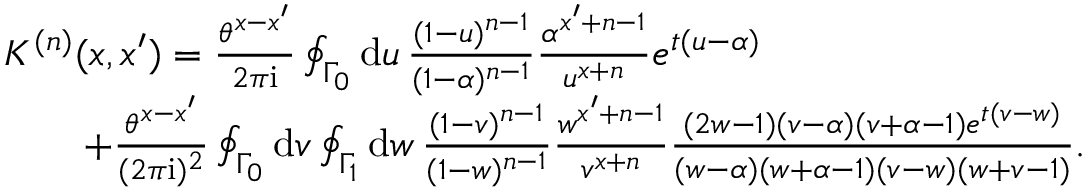
\begin{array} { r l } & { K ^ { ( n ) } ( x , x ^ { \prime } ) = \textstyle \frac { \theta ^ { x - x ^ { \prime } } } { 2 \pi \mathrm { i } } \oint _ { \Gamma _ { 0 } } \mathrm { d } u \, \frac { ( 1 - u ) ^ { n - 1 } } { ( 1 - \alpha ) ^ { n - 1 } } \frac { \alpha ^ { x ^ { \prime } + n - 1 } } { u ^ { x + n } } e ^ { t ( u - \alpha ) } } \\ & { \textstyle \qquad + \frac { \theta ^ { x - x ^ { \prime } } } { ( 2 \pi \mathrm { i } ) ^ { 2 } } \oint _ { \Gamma _ { 0 } } \mathrm { d } v \oint _ { \Gamma _ { 1 } } \mathrm { d } w \, \frac { ( 1 - v ) ^ { n - 1 } } { ( 1 - w ) ^ { n - 1 } } \frac { w ^ { x ^ { \prime } + n - 1 } } { v ^ { x + n } } \frac { ( 2 w - 1 ) ( v - \alpha ) ( v + \alpha - 1 ) e ^ { t ( v - w ) } } { ( w - \alpha ) ( w + \alpha - 1 ) ( v - w ) ( w + v - 1 ) } . } \end{array}